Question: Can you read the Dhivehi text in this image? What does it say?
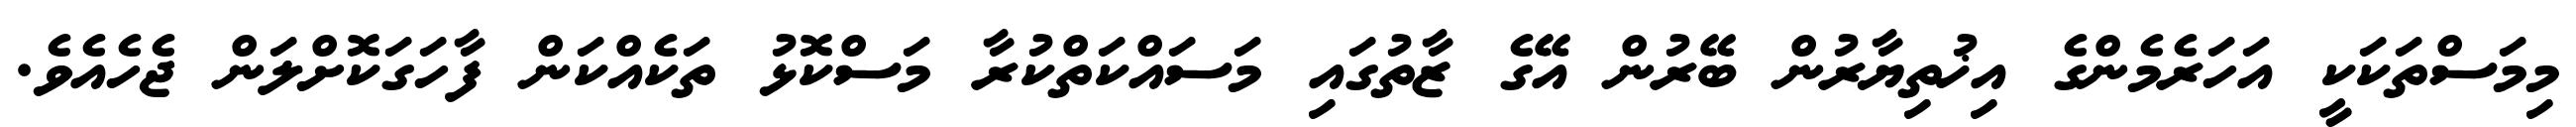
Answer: މިމަސްތަކަކީ އަހަރެމެންގެ އިޚުތިޔާރުން ބޭރުން އޭގެ ޒާތުގައި މަސައްކަތްކުރާ މަސްކޮޅު ތަކެއްކަން ފާހަގަކޮށްލަން ޖެހެއެވެ.